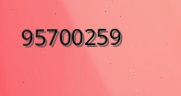
95700259